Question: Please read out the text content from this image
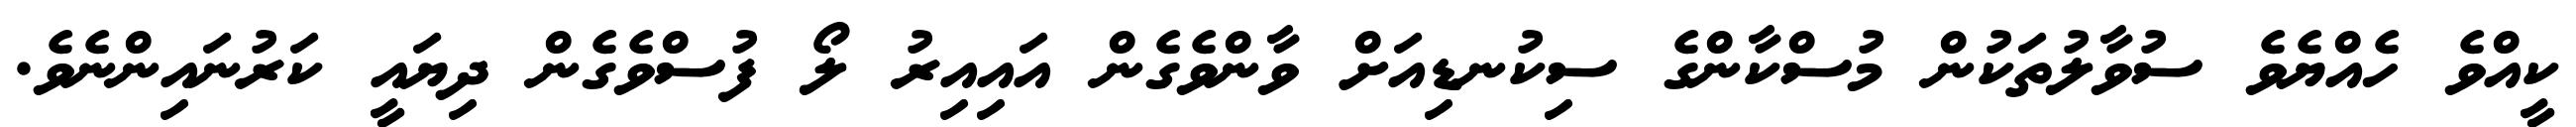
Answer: ކީއްވެ ހެއްޔެވެ ސުވާލުތަކުން މުސްކާންގެ ސިކުނޑިއަށް ވާންވެގެން އައިއިރު ލޯ ފުސްވެގެން ދިޔައީ ކަރުނައިންނެވެ.